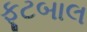
ફૂટબાલ